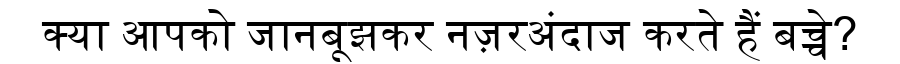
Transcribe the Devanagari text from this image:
क्या आपको जानबूझकर नज़रअंदाज करते हैं बच्चे?